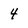
Character: 4